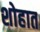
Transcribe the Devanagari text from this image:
शोहात